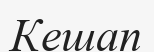
Кешап